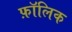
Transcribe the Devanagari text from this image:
फ़ॉलिक